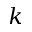
\boldsymbol { k }